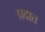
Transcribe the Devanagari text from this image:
प्रदात